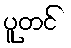
ပူတင်